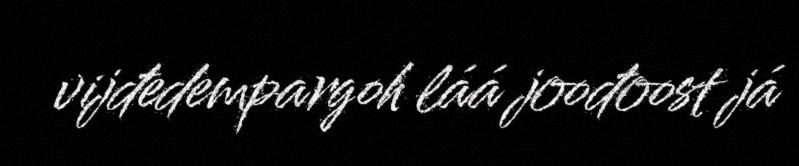
vijđedempargoh láá joođoost já